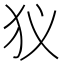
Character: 𤜥